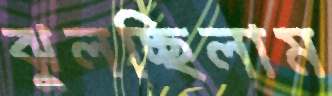
ঝুলচ্ছিলাম